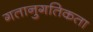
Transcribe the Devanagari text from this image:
गतानुगतिकता